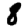
Digit: 8